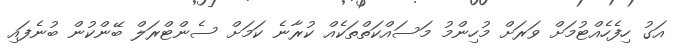
އަގު ހިފެހެއްޓުމަށް ވަރަށް މުހިންމު މަސައްކަތްތަކެއް ކުރާނެ ކަމަށް ސެންޓްރަލް ބޭންކުން ބުނެފައި